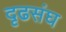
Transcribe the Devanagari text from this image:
दृढसंघ